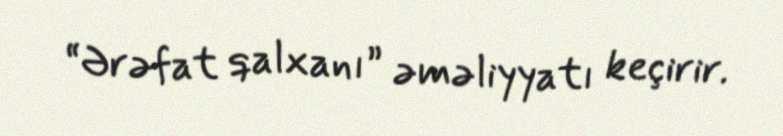
“Ərəfat qalxanı” əməliyyatı keçirir.